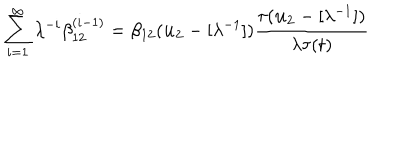
LaTeX: \sum _ { i = 1 } ^ { \infty } \lambda ^ { - i } \beta _ { 1 2 } ^ { ( i - 1 ) } = \beta _ { 1 2 } ( { \bf u _ { 2 } } - [ \lambda ^ { - 1 } ] ) \frac { \tau ( { \bf u _ { 2 } } - [ \lambda ^ { - 1 } ] ) } { \lambda \tau ( t ) }